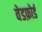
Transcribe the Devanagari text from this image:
वेडफ़ोर्ड